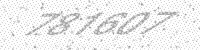
Solution: 781607